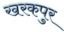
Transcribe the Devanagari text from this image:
खरकपुर